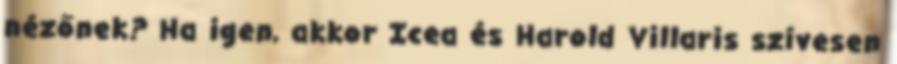
nézőnek? Ha igen, akkor Icea és Harold Villaris szívesen